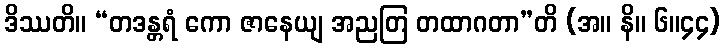
ဒိဿတိ။ “တဒန္တရံ ကော ဇာနေယျ အညတြ တထာဂတာ”တိ (အ။ နိ။ ၆။၄၄)